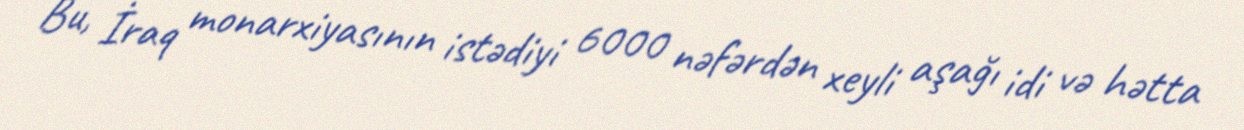
Bu, İraq monarxiyasının istədiyi 6000 nəfərdən xeyli aşağı idi və hətta